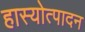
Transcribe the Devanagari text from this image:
हास्योत्पादन